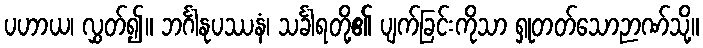
ပဟာယ၊ လွှတ်၍။ ဘင်္ဂါနုပဿနံ၊ သင်္ခါရတို့၏ ပျက်ခြင်းကိုသာ ရှုတတ်သောဉာဏ်သို့။